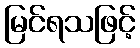
မြင်ရသဖြင့်